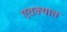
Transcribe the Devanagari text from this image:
एतक्यात